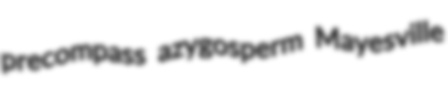
precompass azygosperm Mayesville